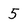
Character: 5